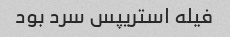
فیله استریپس سرد بود